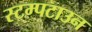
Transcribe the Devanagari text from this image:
स्टम्पटाउन